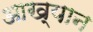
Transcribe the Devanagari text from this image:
आख्‍यान